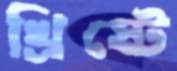
খ্রিষ্টে